Report on vaccination in the Province of Bengal - 1874-1889
Year: 1874
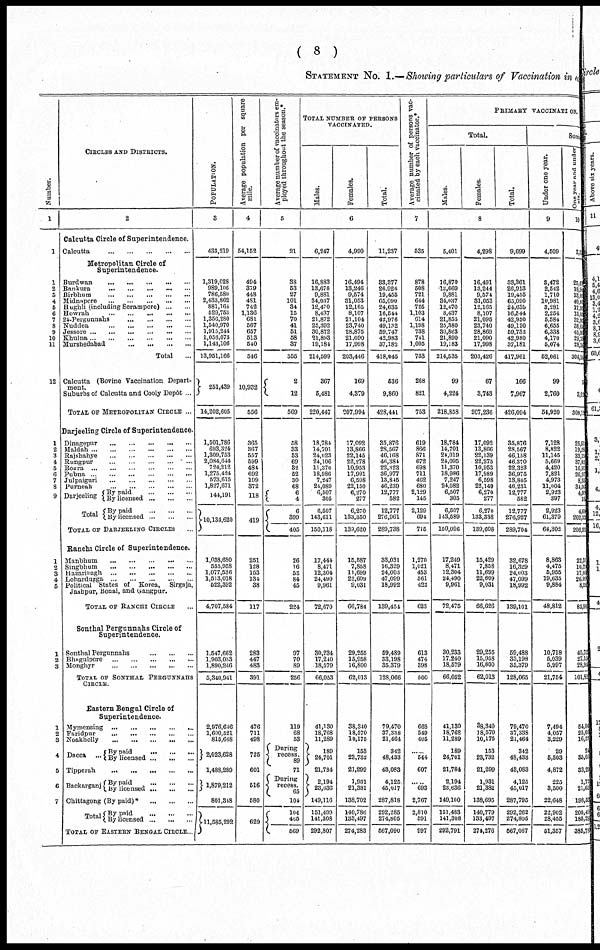
( 8 )
STATEMENT No. 1.—Showing particulars of Vaccination in each
Number.
1
1
1
2
3
4
5
6
7
8
9
10
11
12
1
2
3
4
5
6
7
8
9
1
2
3
4
5
1
2
3
1
2
3
4
5
6
7
CIRCLES AND DISTRICTS.
2
Calcutta Circle of Superintendence.
Calcutta
...
...
...
...
...
Metropolitan Circle of
Superintendence.
Burdwan
...
...
...
...
...
Bankura
...
...
...
...
...
Birbhum
...
...
...
...
...
Midnapore
...
...
...
...
...
Hughli (including Serampore)
...
...
Howrah
...
...
...
...
...
24-Pergunnahs
...
...
...
...
Nuddea
...
...
...
...
...
Jessore
...
...
...
...
...
...
Khulna
...
...
...
...
...
...
Murshedabad
...
...
...
...
Total
...
Calcutta (Bovine Vaccination Depart-
ment.
Suburbs of Calcutta and Cooly Depôt ...
TOTAL OF METROPOLITAN CIRCLE ...
Darjeeling Circle of Superintendence.
Dinagepur
...
...
...
...
...
Ma1dah
...
...
...
...
...
...
Rajshahye
...
...
...
...
...
Rungpur
...
...
...
...
...
Bogra
...
...
...
...
...
...
Pubna
...
...
...
...
...
...
Julpaiguri
...
...
...
...
...
Purneah
...
...
...
...
...
Darjeeling
Total
By paid
...
...
...
By licensed
...
...
...
By paid
...
...
...
By licensed
...
...
...
TOTAL OF DARJEELING CIRCLES ...
Ranchi Circle of Superintendence.
Manbhum
...
...
...
...
...
Singbhum
...
...
...
...
...
Hazaribagh
...
...
...
...
...
Lohardugga
...
...
...
...
...
Political States of Korea,
Sirgaja,
Jashpur, Bonai, and Gangpur.
TOTAL OF RANCHI CIRCLE ...
Sonthal Pergunnahs Circle of
Superintendence.
Sonthal Pergunnahs
...
...
...
Bhagulpore
...
...
...
...
...
Monghyr
...
...
...
...
...
TOTAL OF SONTHAL PERGUNNAHS
CIRCLE.
Eastern Bengal Circle of
Superintendence.
Mymensing
...
...
...
...
...
Faridpur
...
...
...
...
...
Noakholly
...
...
...
...
...
Dacca
...
By paid
...
...
...
By licensed
...
...
...
Tipperah
...
...
...
...
...
Backarganj By paid
...
...
...
By licensed
...
...
...
Chittagong (By paid)*
...
...
...
Total By paid
...
...
...
By licensed
...
...
...
TOTAL OF EASTERN BENGAL CIRCLE...
POPULATION.
3
433,219
1,319,028
989,106
786,580
2,433,862
881,164
529,753
1,356,280
1,540,970
1,915,244
1,056,073
1,143,106
13,951,166
251,439
14,202,605
1,501,786
693,324
1,309,753
2,084,644
724,212
1,275,424
573,615
1,827,671
144,191
10,134,620
1,038,680
555,958
1,077,536
1,513,018
522,392
4,707,584
1,547,662
1,903,033
1,890,246
5,340,941
2,976,646
1,600,521
815,648
2,023,628
1,488,289
1,879,212
801,348
11,585,292
Average population per square
mile.
4
54,152
494
379
448
481
742
1,136
681
567
657
513
540
546
10,932
556
365
367
557
599
484
692
199
372
118
419
251
128
153
134
38
117
283
447
483
391
476
711
498
725
601
516
580
629
Average number of vaccinators em-
ployed throughout the season.*
5
21
38
53
27
101
34
15
70
41
51
58
37
555
2
12
569
58
33
53
69
32
52
30
68
6
4
6
399
405
26
16
53
84
45
224
97
70
89
256
119
68
53
During
recess.
89
71
During
recess.
65
104
104
465
569
TOTAL NUMBER OF PERSONS
VACCINATED.
Males.
Females.
Total.
6
6,247
16,883
13,678
9,881
34,037
12,470
8,437
21,872
25,392
30,872
21,893
19,184
214,599
367
5,481
220,447
18,784
14,701
24,023
24,106
11,370
18,986
7,247
24,089
6,507
305
6,507
143,611
150,118
17,444
8,471
12,304
24,490
9,961
72,670
30,234
17,240
18,579
66,053
41,130
18,768
11,289
189
24,701
21,784
2,194
23,636
149,116
151,499
141,308
292,807
4,990
16,494
13,246
9,574
31,053
12,165
8,107
21,104
23,740
28,875
21,090
17,998
203,446
169
4,379
207,994
17,092
13,866
22,145
22,278
10,953
17,991
6,598
22,150
6,270
277
6,270
133,350
139,620
15,587
7,858
11,699
22,609
9,031
66,784
29,255
15,958
16,800
62,013
38,340
18,570
10,175
153
23,732
21,299
1,931
21,381
138,702
140,786
133,497
274,283
11,237
33,377
26,924
19,455
65,090
24,635
16,544
42,976
49,132
59,747
42,983
37,182
418,045
536
9,860
428,441
35,876
28,567
46,168
46,384
22,323
36,977
13,845
46,239
12,777
582
12,777
276,961
289,738
33,031
16,329
24,003
47,099
18,992
139,454
59,489
33,198
35,379
128,066
79,470
37,338
21,464
342
48,433
43,083
4,125
45,017
287,818
292,285
274,805
567,090
Average number of persons vac-
cinated by each vaccinator.*
7
535
878
508
721
644
725
1,103
614
1,198
738
741
1,005
753
268
821
753
619
866
871
672
698
711
462
680
2,129
145
2,129
694
715
1,270
1,021
453
561
422
623
613
474
398
500
668
549
405
......
544
607
.....
693
2,767
2,810
591
997
PRIMARY VACCINATION.
Total.
Males.
Females.
Total.
8
5,401
16,870
13,669
9,881
34,037
12,470
8,437
21,855
25,380
30,863
21,890
19,183
214,535
99
4,224
218,858
18,784
14,701
24,019
24,095
11,370
18,986
7,247
24,082
6,507
305
6,507
143,589
150,096
17,249
8,471
12,304
24,490
9,961
72,475
30,233
17,240
18,579
66,052
41,130
18,768
11,289
189
24,701
21,784
2,194
23,636
149,100
151,483
141,308
292,791
4,298
16,491
13,244
9,574
31,053
12,165
8,107
21,095
23,740
28,869
21,090
17,998
203,426
67
3,743
207,236
17,092
13,866
22,139
22,275
10,953
17,989
6,598
22,149
6,270
277
6,270
133,338
139,608
15,429
7,858
11,699
22,609
9,031
66,626
29,255
15,958
16,800
62,013
38,340
18,570
10,175
153
23,732
21,299
1,931
21,381
138,695
140,779
133,497
274,276
9,699
33,361
26,913
19,455
65,090
24,635
16,544
42,950
49,120
59,732
42,980
37,181
417,961
166
7,967
426,094
35,876
28,567
46,158
46,370
22,323
36,975
13,845
46,231
12,777
582
12,777
276,927
289,704
32,678
16,329
24,003
47,099
18,992
139,101
59,488
33,198
35,379
128,065
79,470
37,338
21,464
342
48,433
43,083
4,125
45,017
287,795
292,262
274,805
567,067
Succe
Under one year.
9
4,509
3,472
2,542
1,710
10,981
3,281
2,254
5,584
6,655
6,338
4,170
5,074
52,061
99
2,760
54,920
7,128
8,822
11,145
5,669
4,420
7,821
4,973
11,004
2,923
397
2,923
61,379
64,302
8,863
4,475
5,955
19,635
9,884
48,812
10,718
5,039
5,997
21,754
7,494
4,057
3,229
29
5,303
4,872
225
3,500
22,648
22,902
28,455
51,357
One year and under
10
3,3
25,65
18,91
13,05
40,83
17,92
13,03
32,92
38,62
45,06
29,75
28,34
304,14
5
3,92
308,12
25,51
19,28
33,15
37,82
16,97
26,97
8,35
34,06
4,60
18
4,60
202,33
206,93
22,31
10,29
17,00
26,09
8,28
83,98
45,72
27,15
28,94
101,82
54,06
25,05
16,29
24
35,03
33,20
1,72
21,62
198,52
200,49
185,28
385,78